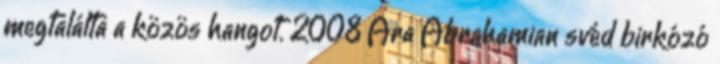
megtalálta a közös hangot. 2008 Ara Abrahamian svéd birkózó